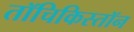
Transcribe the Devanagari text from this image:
तॉचिकिस्तॉन